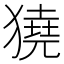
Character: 獟